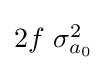
{\textstyle 2f\ \sigma _{a_{0}}^{2}}